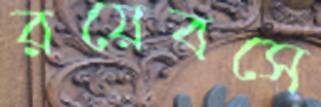
রয়েবসে